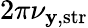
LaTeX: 2\pi\nu_{\mathbf{y},\mathrm{{str}}}